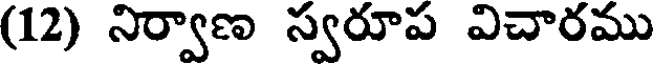
(12) నిర్వాణ స్వరూప విచారము